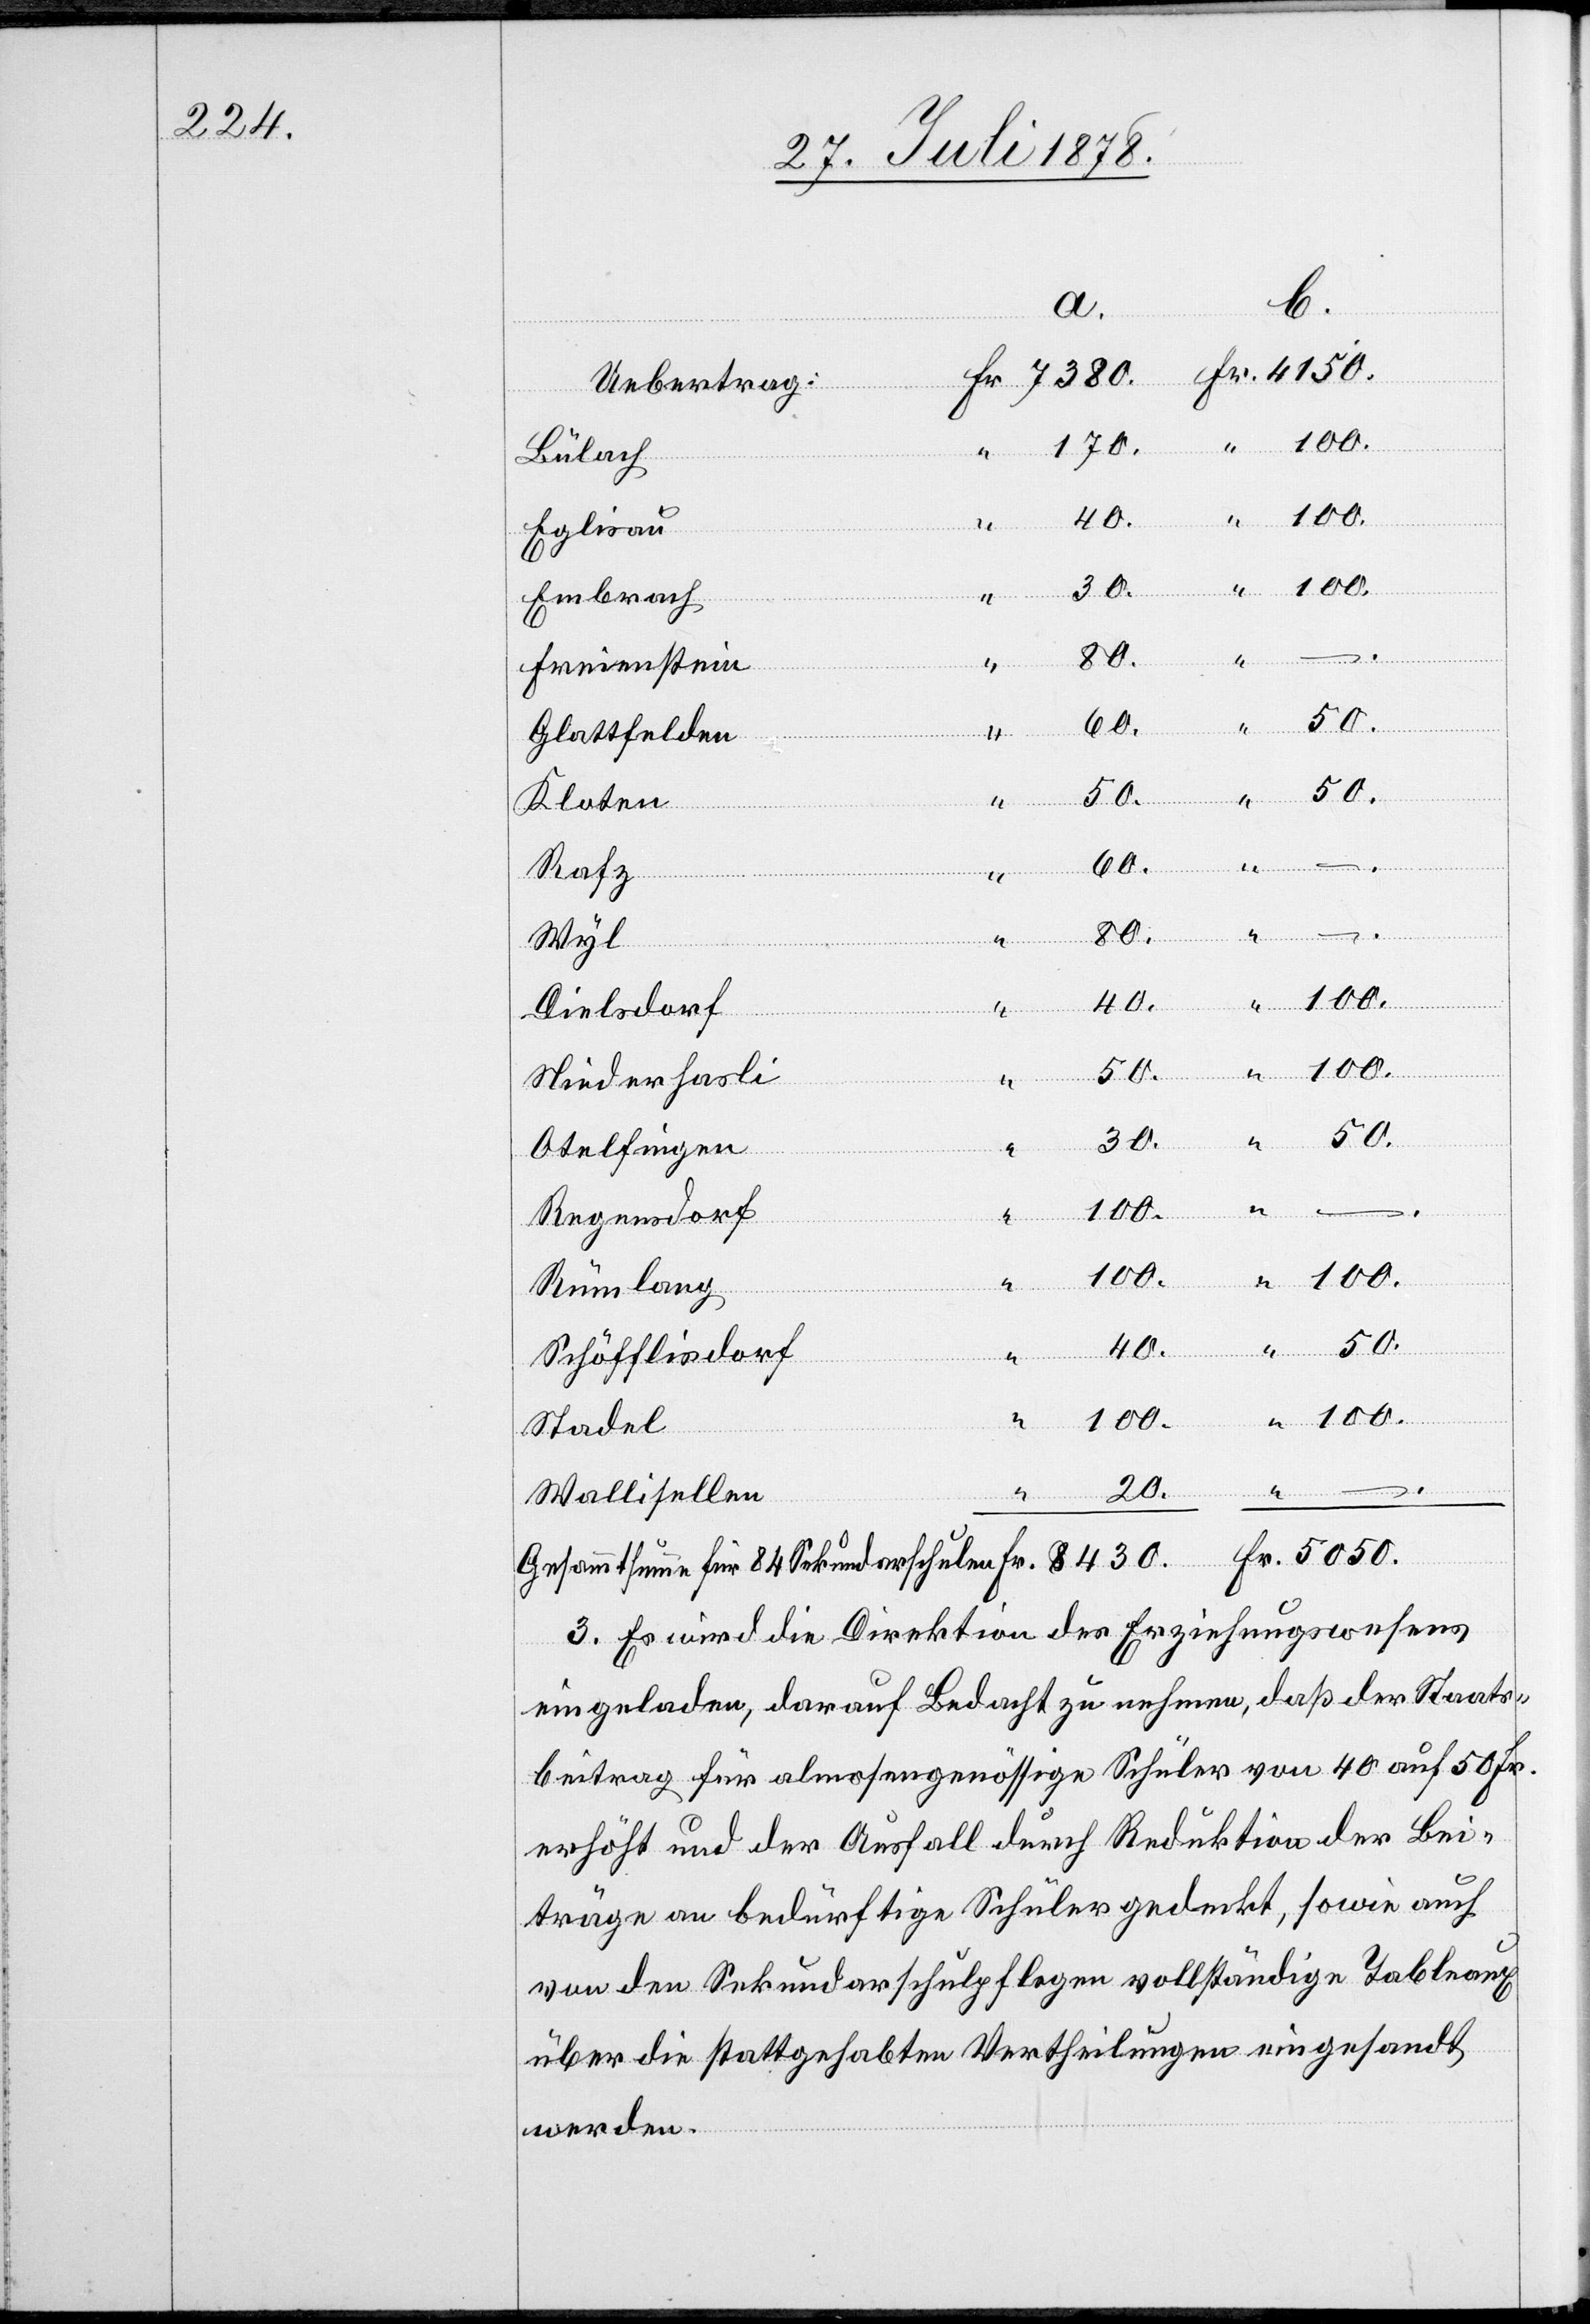
170.
Bülach
40.
Eglisau
Embrach
30.
“
Freienstein
80.
“
60.
–
40.
Glattfelden
50.
5050.
“
Kloten
Gesammtsumme für
Sekundarschulen
Rafz
8430.
Fr.
Wyl
Dielsdorf
Niederhasli
Otelfingen
.
Regensdorf
100.
84
–
.
Rümlang
Schöfflisdorf
“
Fr.
Stadel
20.
Wallisellen
3. Es wird die Direktion des Erziehungswesens
eingeladen, darauf Bedacht zu nehmen, daß der Staats¬
beitrag für almosengenössige Schüler von 40 auf 50 Fr.
erhöht und der Ausfall durch Reduktion der Bei¬
träge an bedürftige Schüler gedeckt, sowie auch
von den Sekundarschulpflegen vollständige Tableaux
über die stattgehabten Vertheilungen eingesandt
werden.